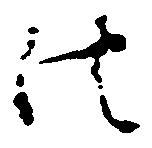
法